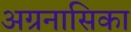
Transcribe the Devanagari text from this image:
अग्रनासिका